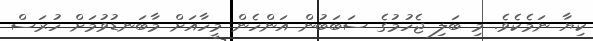
ކިޔާ ނަމެކެވެ. މި ބަލި ޖެހުމުގެ ސަބަބުން އަންހެން މީހާއަށް މާބަނޑުވުމަށް ހުރަސް